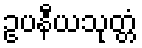
ဥပနီယသုတ္တံ